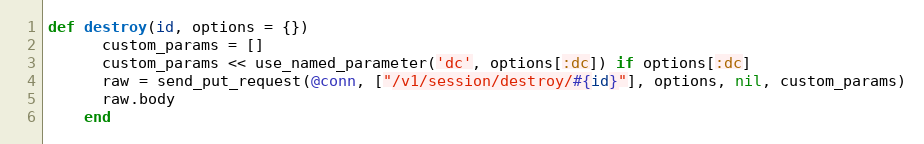
Language: Ruby
def destroy(id, options = {})
      custom_params = []
      custom_params << use_named_parameter('dc', options[:dc]) if options[:dc]
      raw = send_put_request(@conn, ["/v1/session/destroy/#{id}"], options, nil, custom_params)
      raw.body
    end